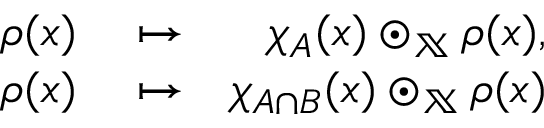
\begin{array} { r l r } { \rho ( x ) } & { { } \mapsto } & { \chi _ { A } ( x ) \odot _ { \mathbb { X } } \rho ( x ) , } \\ { \rho ( x ) } & { { } \mapsto } & { \chi _ { A \cap B } ( x ) \odot _ { \mathbb { X } } \rho ( x ) } \end{array}